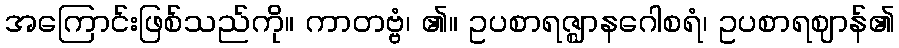
အကြောင်းဖြစ်သည်ကို။ ကာတဗ္ဗံ၊ ၏။ ဥပစာရဇ္ဈာနဂေါစရံ၊ ဥပစာရဈာန်၏